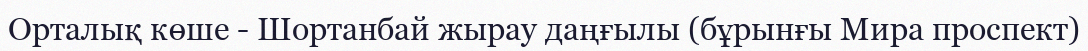
Орталық көше - Шортанбай жырау даңғылы (бұрынғы Мира проспект)